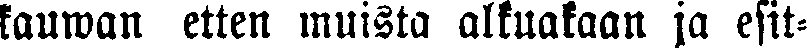
kauwan etten muista alkuakaan ja esit-